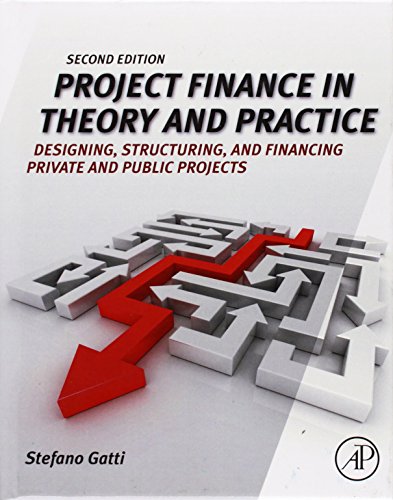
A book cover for Project Finance in Theory and Practice, Second Edition: Designing, Structuring, and Financing Private and Public Projects; Stefano Gatti; Business & Money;